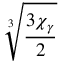
\sqrt [ 3 ] { \frac { 3 \chi _ { \gamma } } { 2 } }